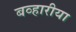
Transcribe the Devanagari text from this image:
बव्हारीया